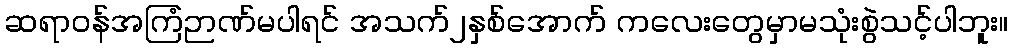
ဆရာဝန်အကြံဉာဏ်မပါရင် အသက်၂နှစ်အောက် ကလေးတွေမှာမသုံးစွဲသင့်ပါဘူး။